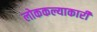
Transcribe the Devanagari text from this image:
लोककल्याकारी